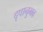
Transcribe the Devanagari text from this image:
दृषानुभव